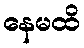
နေမထိ